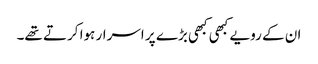
ان کے رویے کبھی کبھی بڑے پر اسرار ہوا کرتے تھے۔